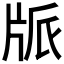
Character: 𤖼